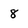
Character: 8